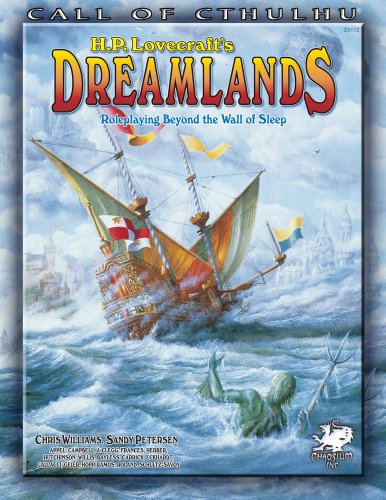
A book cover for H.P. Lovecraft's Dreamlands: Roleplaying Beyond the Wall of Sleep (Call of Cthulhu roleplaying); Sandy Petersen; Science Fiction & Fantasy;